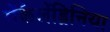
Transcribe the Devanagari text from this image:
मेंकैलेंड्रिनिया